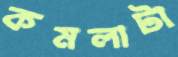
কমলাটা